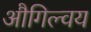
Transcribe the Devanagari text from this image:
औगिल्वय